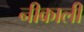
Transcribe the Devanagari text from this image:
नीकाली